Investigations into the jail dietaries of the United Provinces with some observations on the influence of dietary on the physical development and well-being of the people of the United Provinces - Number 48
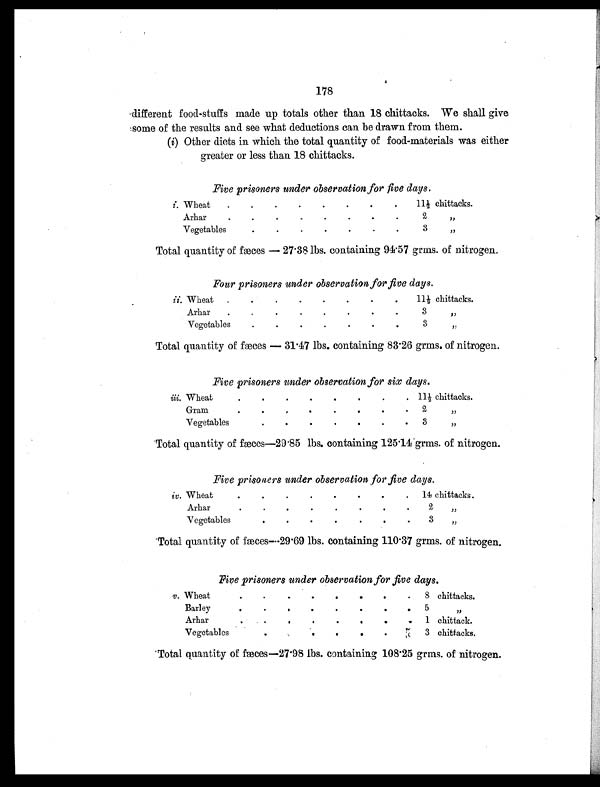
178
different food-stuffs made up totals other than 18 chittacks. We shall give
some of the results and see what deductions can be drawn from them.
(i) Other diets in which the total quantity of food-materials was either
greater or less than 18 chittacks.
Five prisoners under observation for five days.
i. Whea
t
.
.
.
.
.
.
.
.
11 chittacks.
Arhar
.
.
. .
.
.
.
.
2 , ,
Vegetables
.
. .
.
.
.
3 , ,
Total quantity of fæces—27.38 lbs. containing 94.57 grms. of nitrogen.
Four prisoners under observation for five days.
ii. Wheat
.
.
.
.
.
.
.
.
11½ c hi t t a c ks .
Arhar
.
.
.
.
.
.
.
.
3 ,,
Vegetables
. .
.
.
.
.
.
3 ,,
Total quantity of fæces—31.47 lbs. containing 83.26 grms. of nitrogen.
Five prisoners under observation for six days.
iii. Wheat
.
.
.
.
.
.
.
.
1 1 ½ c h i t t a c k s .
Gram
.
. .
.
.
.
.
.
2 , ,
Vegetables .
.
.
.
.
.
.
3 , ,
Total quantity of fæces—29.85 lbs. containing 125.14 grms. of nitrogen.
Five prisoners under observation for five days.
iv. Wheat
.
.
.
.
.
. .
.
14 chittacks.
Arhar
.
. .
.
.
.
.
2 , ,
Vegetables
.
.
.
.
.
.
.
3 , ,
'Total quantity of fæces—29.69 lbs. containing 110.37 grms. of nitrogen.
Five prisoners under observation for five days.
v. Wheat
.
.
.
.
.
.
.
. 8 chittacks.
Barley
.
.
.
.
.
.
.
. 5 ,,
Arhar
.
.
.
.
.
.
.
.
1 chittack.
Vegetables
.
.
.
.
.
.
.
3 chittacks.
Total quantity of fæces—27.98 lbs. containing 108.25 grms. of nitrogen.